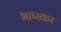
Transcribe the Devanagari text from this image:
भाष्स्कर